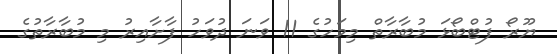
ޔޫރޯ ފުޓްބޯޅަ މުބާރާތް މިމަހުގެ 11 ވަނަ ދުވަހު ފާށާއިރު މި މުބާރާތުގެ